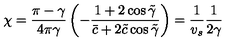
\chi = \frac { \pi - \gamma } { 4 \pi \gamma } \left( - \frac { 1 + 2 \cos \tilde { \gamma } } { \bar { c } + 2 \tilde { c } \cos \tilde { \gamma } } \right) = \frac { 1 } { v _ { s } } \frac { 1 } { 2 \gamma }